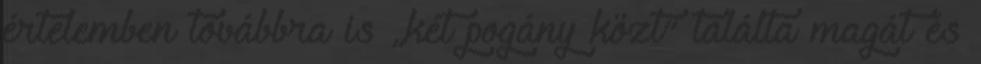
értelemben továbbra is „két pogány közt” találta magát és